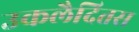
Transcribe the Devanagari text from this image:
उकलैदितस